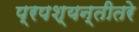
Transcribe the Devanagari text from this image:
प्रपश्यन्तीतरे